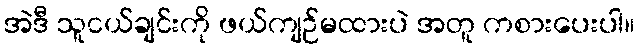
အဲဒီ သူငယ်ချင်းကို ဖယ်ကျဉ်မထားပဲ အတူ ကစားပေးပါ။